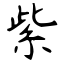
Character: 紫